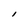
Character: l